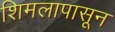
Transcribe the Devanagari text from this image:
शिमलापासून